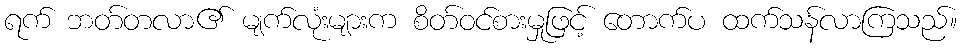
ရက် ဘတ်တလာ၏ မျက်လုံးများက စိတ်ဝင်စားမှုဖြင့် တောက်ပ ထက်သန်လာကြသည်။